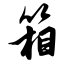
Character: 箱